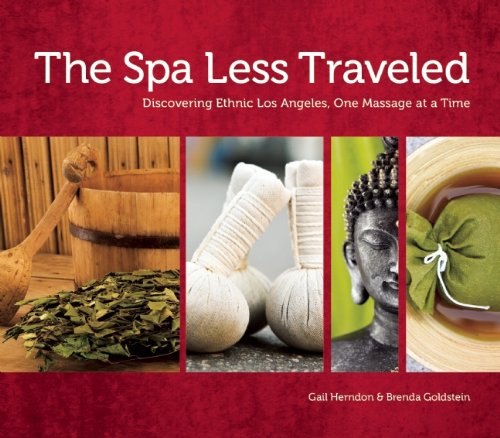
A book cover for The Spa Less Traveled: Discovering Ethnic Los Angeles, One Massage at a Time; Gail Herndon; Travel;